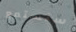
سنستمع